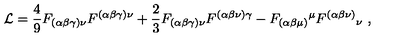
\mathcal { L } = \frac { 4 } { 9 } F _ { ( \alpha \beta \gamma ) \nu } F ^ { ( \alpha \beta \gamma ) \nu } + \frac { 2 } { 3 } F _ { ( \alpha \beta \gamma ) \nu } F ^ { ( \alpha \beta \nu ) \gamma } - F _ { ( \alpha \beta \mu ) } { } ^ { \mu } F ^ { ( \alpha \beta \nu ) } { } _ { \nu } \ ,